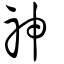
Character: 神